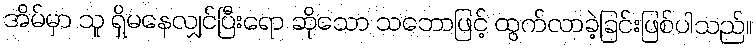
အိမ်မှာ သူ ရှိမနေလျှင်ပြီးရော ဆိုသော သဘောဖြင့် ထွက်လာခဲ့ခြင်းဖြစ်ပါသည်။